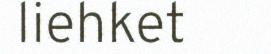
liehket